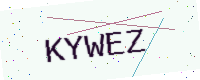
Text: KYWEZ